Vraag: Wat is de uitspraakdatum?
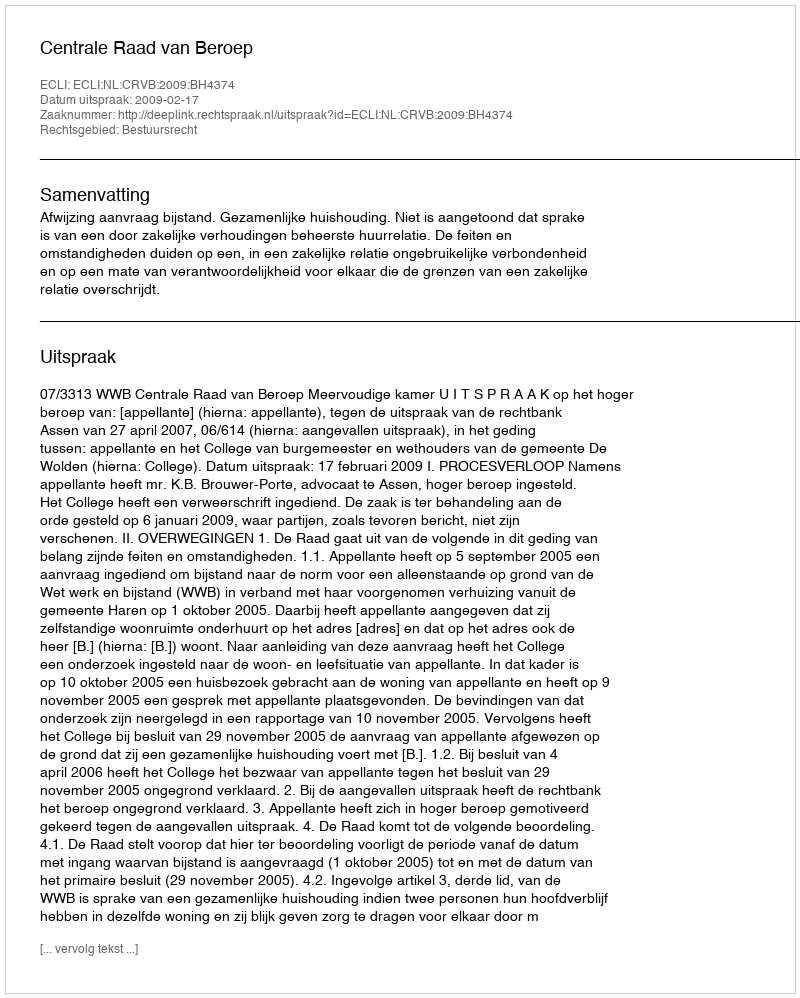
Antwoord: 2009-02-17